Medical and sanitary report of the native army of Bengal for the year
Year: 1875
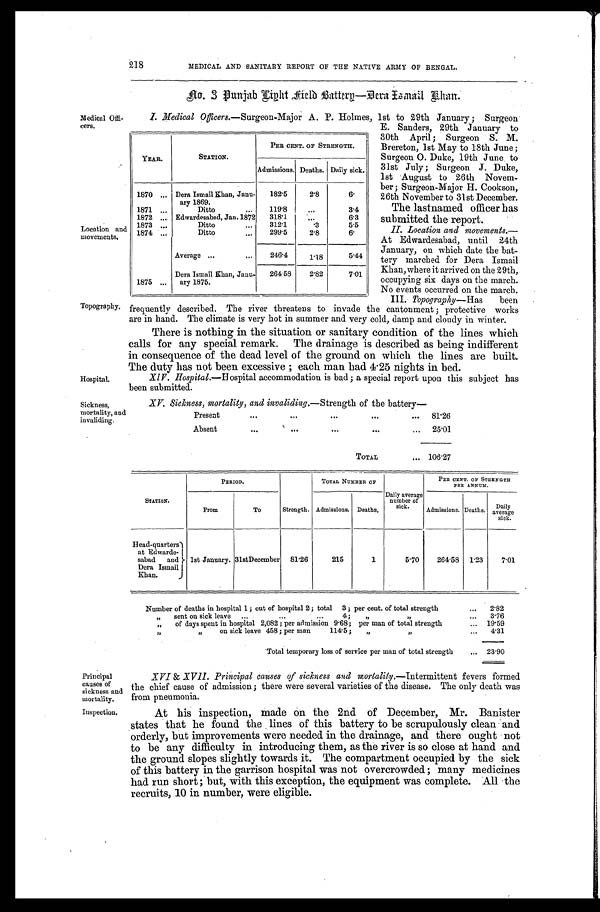
YEAR.
STATION.
PER CENT. OF STRENGTH.
Admissions. Deaths. Daily sick.
1870
Dera Ismail Khan, Janu-
a r y 1 8 6 9 .
182.5
2.8
6.
1871
Ditto
119.8
3.4
1872
Edwardesabad, Jan. 1872 318.1
6.3
1873
Ditto
312.1
.3
5.5
1874
Ditto
299.5
2.8
6.
Average
246.4
1.18
5.44
1875
Dera Ismail Khan, Janu-
ary 1875.
264.58 2.82
7.01
Location and
movements.
Principal
causes of
sickness and
mortality.
Inspection.
218
MEDICAL AND SANITARY REPORT OF THE NATIVE ARMY OF BENGAL.
Medical Offi
-cers.
Topography.
Hospital.
Sickness,
mortality, and
invaliding.
No. 3 Punjab Light Field Battery—Dera Ismail Khan.
I. Medical Officers.—Surgeon-Major A. P. Holmes, 1st to 29th January; Surgeon
E. Sanders, 29th January to
30th April; Surgeon S. M.
Brereton, 1st May to 18th June;
Surgeon O. Duke, 19th June . to
31st July; Surgeon J. Duke,
1st August to 26th Novem
-ber; Surgeon-Major H. Cookson,
26th November to 31st December.
The lastnamed officer has
submitted the report.
II. Location and movements.
— A t E d w a r d e s a b a d , u n t i l 2 4 t h
January, on which date the bat
- t e r y m a r c h e d f o r D e r a I s m a i l
Khan, where it arrived on the 29th,
occupying six days on the march.
No events occurred on the march.
III. Topography—Has been
frequently described. The river threatens to invade the cantonment; protective works
are in hand. The climate is very hot in summer and very cold, damp and cloudy in winter.
There is nothing in the situation or sanitary condition of the lines which
calls for any special remark. The drainage is described as being indifferent
in consequence of the dead level of the ground on which the lines are built.
The duty has not been excessive; each man had 4.25 nights in bed.
XIV . Hospital.—Hospital accommodation is bad; a special report upon this subject has
been submitted.
XV. Sickness, mortality, and invaliding.— Strength of the battery
—
Present
81.26
Absent
25.01
TOTAL
106. 27
STATION.
PERIOD.
Strength.
T OT AL NUMBE R OF
Daily average
number of
sick.
PER CENT. OF STRENGTH
PER ANNUM.
From
To
Admissions. Deaths.
Admissions. Deaths. D a i l y
a ve r a ge
sick.
Head-quarters
at Edwarde-
sabad and
Dera Ismail
Khan.
1st January. 31st December 81.26
215
1
5.70 264.58 1.23 7.01
Number of deaths in hospital 1; out of hospital 2; total 3 ; per cent. of total strength
2.82
„ sent on sick leave
4; „
,,
3.76
" of days spent in hospital 2,082; per admission 9.68; per man of total strength
19.59
" " on sick leave 458; per man 114.5; „ "
4 . 3 1
Total temporary loss of service per man of total strength
23.90
XVI & XVII. Principal causes of sickness and mortality,— Intermittent fevers formed
the chief cause of admission; there were several varieties of the disease. The only death was
from pneumonia.
At his inspection, made on the 2nd of December, Mr. Banister
states that he found the lines of this battery to be scrupulously clean and
orderly, but improvements were needed in the drainage, and there ought not
to be any difficulty in introducing them, as the river is so close at hand and
the ground slopes slightly towards it. The compartment occupied by the sick
of this battery in the garrison hospital was not overcrowded; many medicines
had run short; but, with this exception, the equipment was complete. All the
recruits, 10 in number, were eligible.